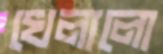
খেলালো